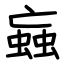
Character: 蝱